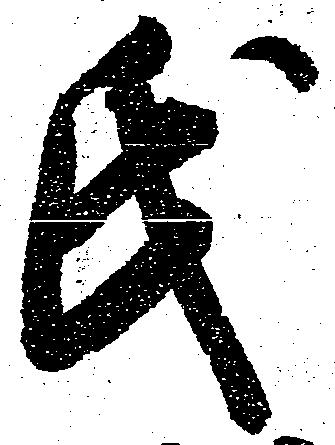
氏